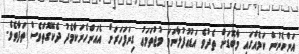
އަންހެނުން ކަމެއްގައި މާބޮޑަށް ތެދުވެ އަޑުއުފުލާނަމަ މުޖުތަމަޢު ގިނަފަހަރަށް އެއަންހެނަކާމެދު ދެކޭގޮތްވެސް ތަފާތެވެ.